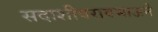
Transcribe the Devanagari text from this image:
सदाशीवरावभाऊने